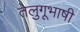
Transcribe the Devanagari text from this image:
तेलुगूभाषी